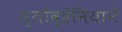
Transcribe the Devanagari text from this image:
स्लोव्हेनियाने